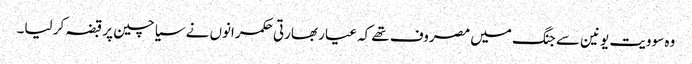
وہ سوویت یونین سے جنگ میں مصروف تھے کہ عیار بھارتی حکمرانوں نے سیاچین پر قبضہ کر لیا۔